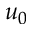
u _ { 0 }